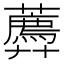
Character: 𧂑